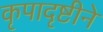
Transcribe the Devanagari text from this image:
कृपादृष्टीने